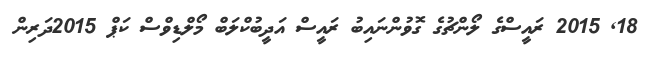
18